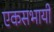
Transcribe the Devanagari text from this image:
एकसभायी